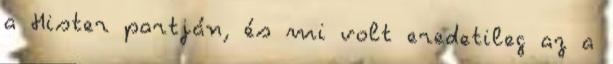
a Hister partján, és mi volt eredetileg az a